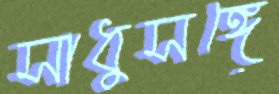
সাধুসঙ্গে